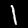
Digit: 1